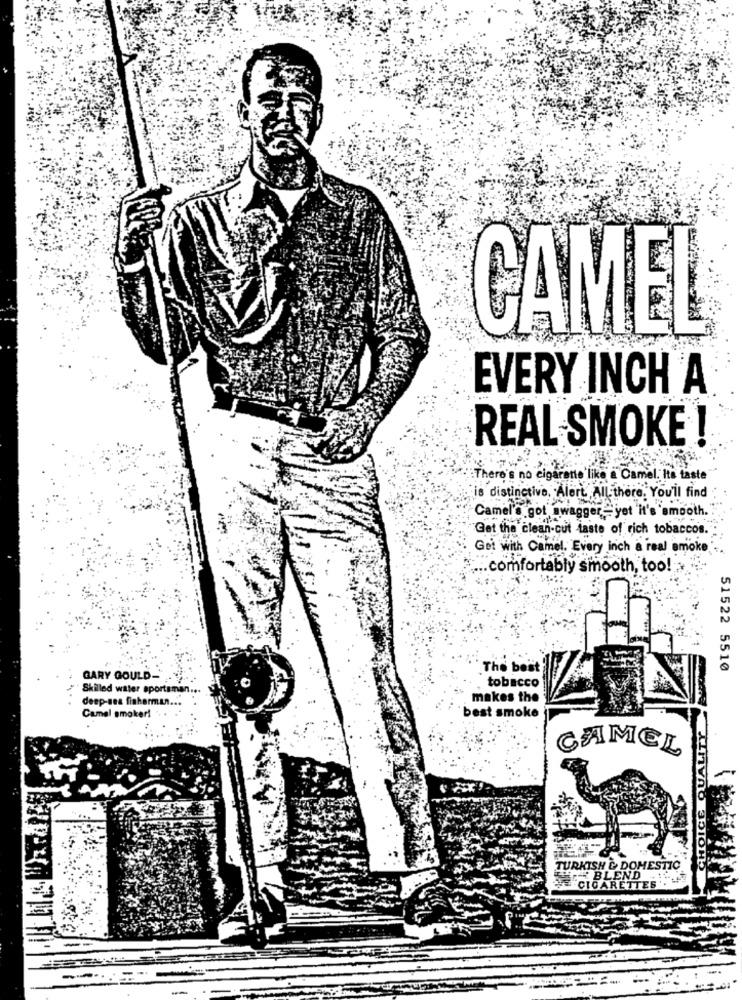
CAMEL
EVERY INCH A
REAL SMOKE !
There's no cigarette like a Camel. Its taste
is distinctive, Alert. All there. You'll find
Camel'o got swagger =yet it's smooth.
Get the clean-cut taste of rich tobaccos.
Get with Camel. Every inch a real smoke
... comfortably smooth, too!>
The best
51522 5510
GARY GOULD-
tobacco
Skilled water sportsman ...
deep-sea fisherman ...
makes the
Camel smoker!
best smoke
CAMEL
TURKISH & DOMESTIC
BLEND
CIGARETTES